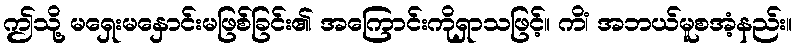
ဤသို့ မရှေးမနှောင်းမဖြစ်ခြင်း၏ အကြောင်းကိုရှာသဖြင့်။ ကိံ၊ အဘယ်မူစအံ့နည်း။